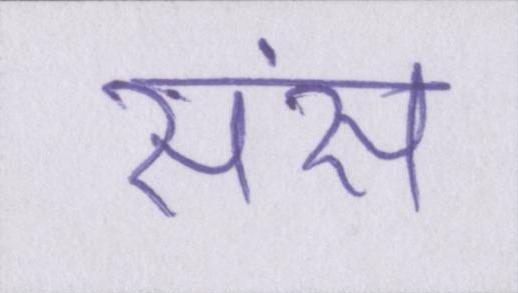
संस